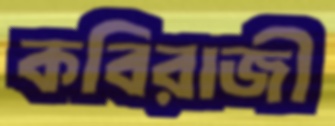
কবিরাজী